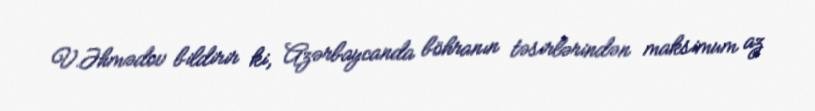
V.Əhmədov bildirir ki, Azərbaycanda böhranın təsirlərindən maksimum az